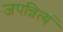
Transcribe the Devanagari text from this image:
जपन्नित्यं